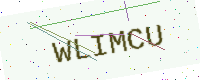
Text: WLIMCU